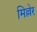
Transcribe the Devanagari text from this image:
मिल्लेर